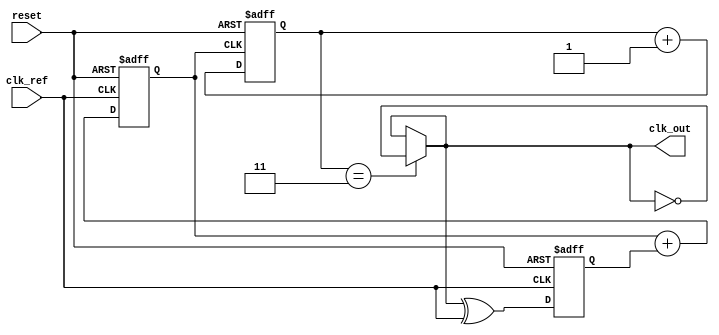
module MemoryBlocksAnalogPLL (
    input wire clk_ref,        // Reference clock input
    input wire reset,          // Reset signal
    output wire clk_out        // Output clock
);

// Parameters
parameter N = 4;              // Frequency division factor
parameter MEMORY_SIZE = 8;    // Size of memory for storing phase info

// Internal signals
reg [MEMORY_SIZE-1:0] memory; // Memory block for phase information
reg [N-1:0] freq_div;         // Frequency divider output
reg phase_error;              // Phase error signal
wire vco_out;                 // Output from VCO
reg control_voltage;           // Control voltage to the VCO

// Phase Detector (PD)
always @(posedge clk_ref or posedge reset) begin
    if (reset) begin
        phase_error <= 0;
    end else begin
        // Simple phase comparison logic (placeholder)
        // Assume we can directly compare clk_out and clk_ref
        // In practice, this would be more complex
        phase_error <= clk_out ^ clk_ref; // XOR for phase comparison
    end
end

// Loop Filter (LF) - Simple RC filter behavior
always @(posedge clk_ref or posedge reset) begin
    if (reset) begin
        control_voltage <= 0;
    end else begin
        // Simple proportional control for example
        control_voltage <= control_voltage + phase_error; // Integrate phase error
    end
end

// Voltage-Controlled Oscillator (VCO)
assign vco_out = control_voltage; // Placeholder for actual VCO logic

// Frequency Divider
always @(posedge vco_out or posedge reset) begin
    if (reset) begin
        freq_div <= 0;
    end else begin
        freq_div <= freq_div + 1;
    end
end

// Memory Block Usage
always @(posedge clk_ref or posedge reset) begin
    if (reset) begin
        memory <= 0;
    end else begin
        // Store phase error history for adaptive filtering
        memory <= {memory[MEMORY_SIZE-2:0], phase_error}; // Shift register behavior
    end
end

// Output Clock Generation
assign clk_out = (freq_div == N-1) ? ~clk_out : clk_out; // Toggle output clock based on division

endmodule